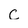
Character: c